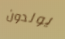
يولدون